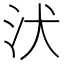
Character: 汱